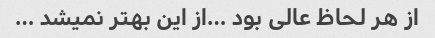
از هر لحاظ عالی بود …از این بهتر نمیشد …